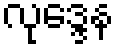
လုဒ္ဒေန